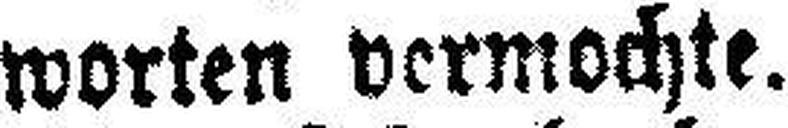
worten vermochte.